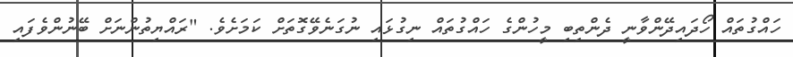
ހައްގުތައް ހޯދައިދޭންވާނީ ދެންތިބި މީހުންގެ ހައްގުތައް ނިގުޅައި ނުގަނެވޭގޮތަށް ކަމަށެވެ. "ރައްޔިތުންނަށް ބޭނުންވެފައި